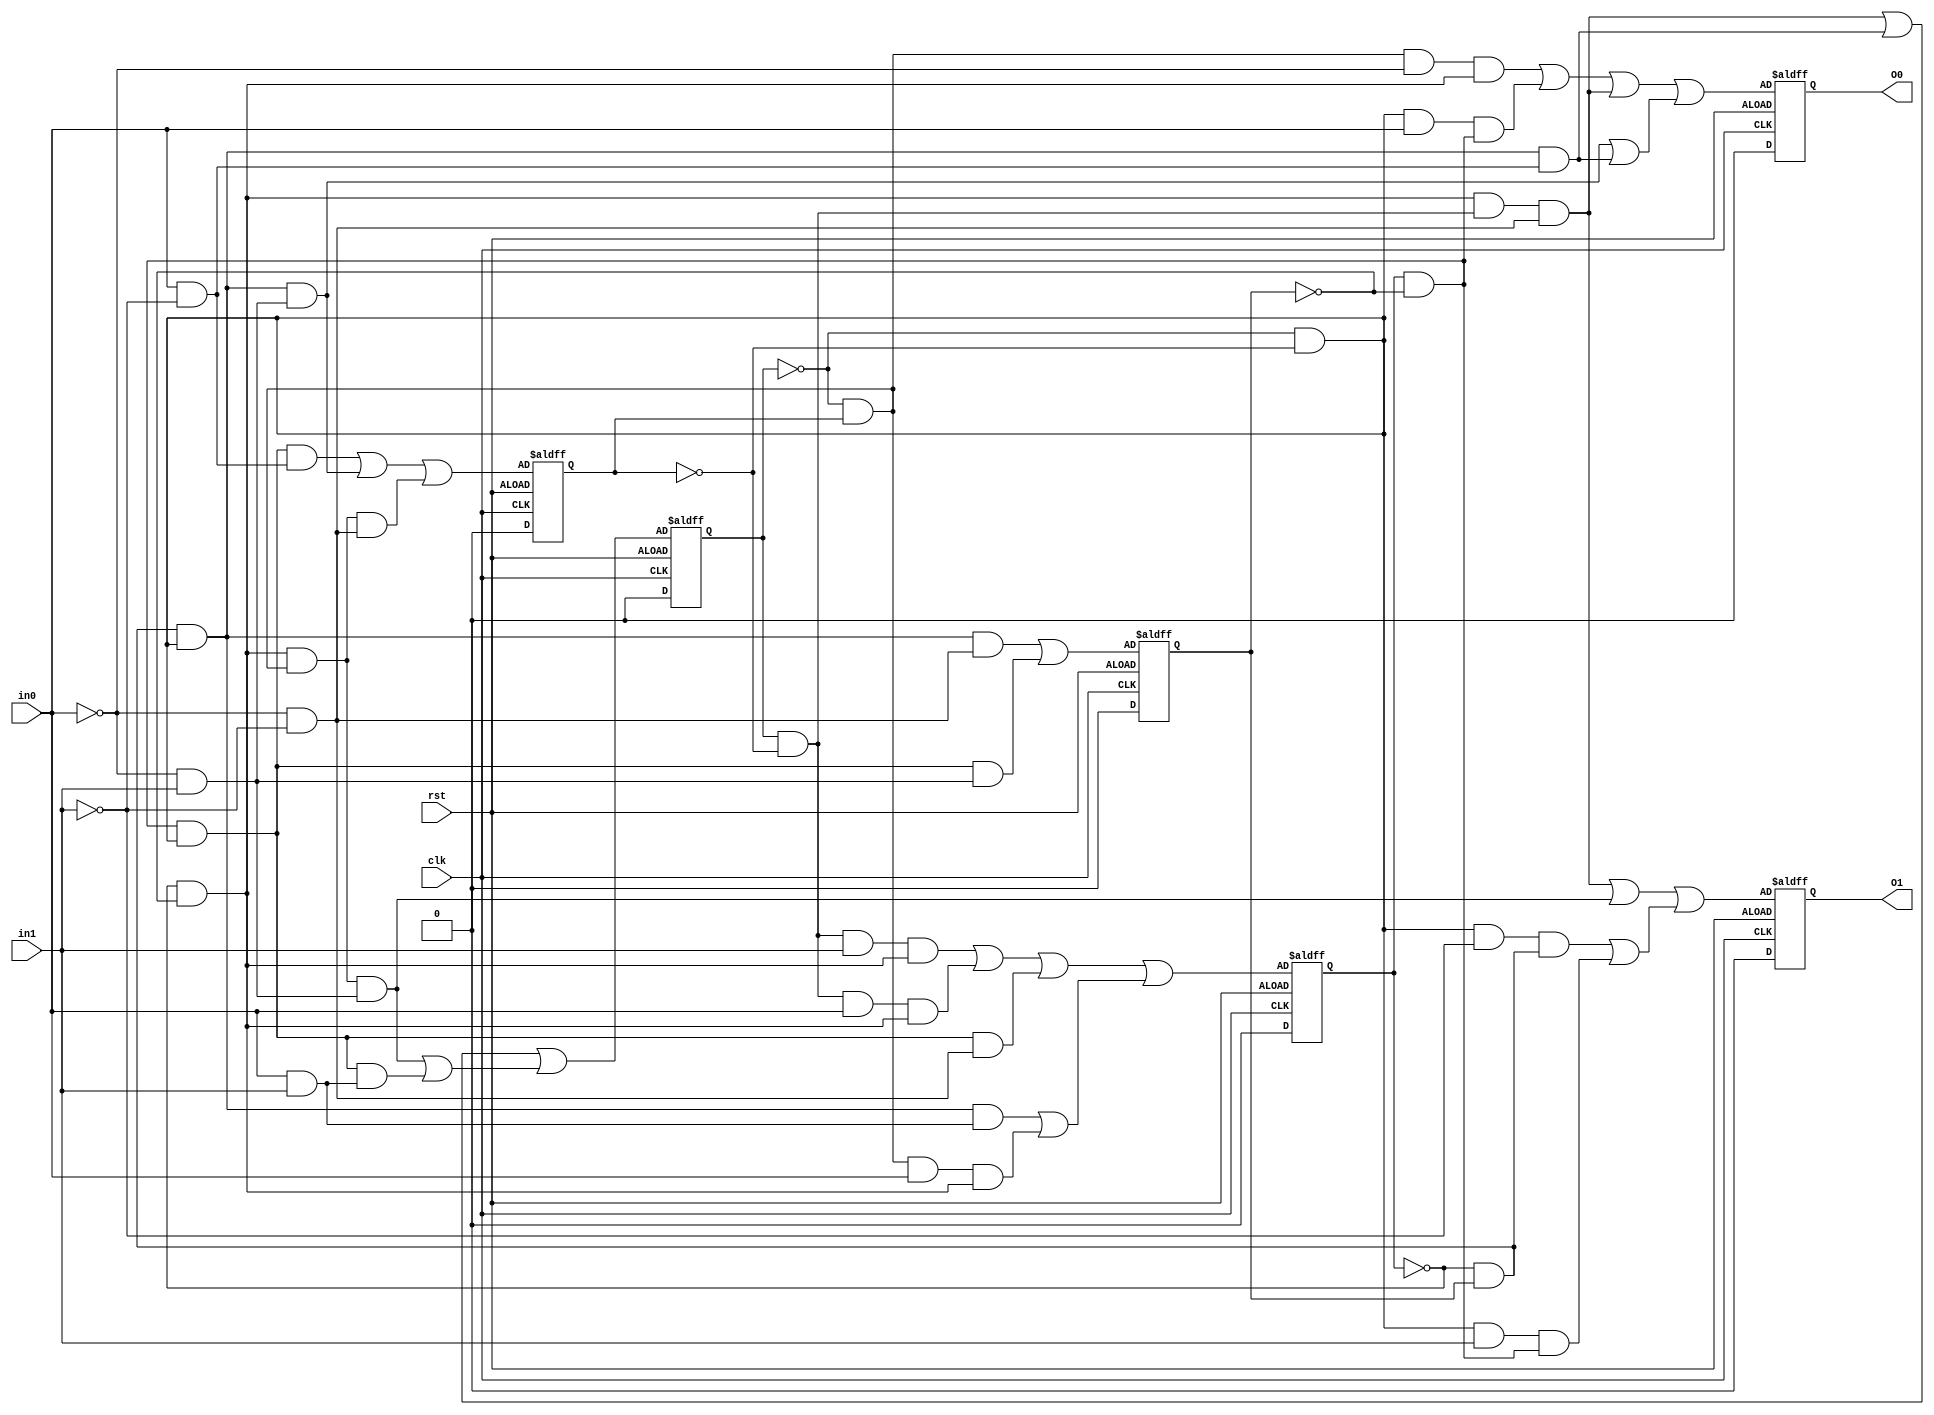
//num of or = 18
//num of and = 109
//num of not = 92
//num of wire = 217
module c1126 (in0,in1,O0,O1,clk,rst);

input in0,in1,clk,rst;

output O0,O1;

wire in0,in1,N0,N1,N2,N3,N4,N5,N6,N7,N8,
N9,N10,N11,N12,N13,N14,N15,N16,N17,N18,
N19,N20,N21,N22,N23,N24,N25,N26,N27,N28,
N29,N30,N31,N32,N33,N34,N35,N36,N37,N38,
N39,N40,N41,N42,N43,N44,N45,N46,N47,N48,
N49,N50,N51,N52,N53,N54,N55,N56,N57,N58,
N59,N60,N61,N62,N63,N64,N65,N66,N67,N68,
N69,N70,N71,N72,N73,N74,N75,N76,N77,N78,
N79,N80,N81,N82,N83,N84,N85,N86,N87,N88,
N89,N90,N91,N92,N93,N94,N95,N96,N97,N98,
N99,N100,N101,N102,N103,N104,N105,N106,N107,N108,
N109,N110,N111,N112,N113,N114,N115,N116,N117,N118,
N119,N120,N121,N122,N123,N124,N125,N126,N127,N128,
N129,N130,N131,N132,N133,N134,N135,N136,N137,N138,
N139,N140,N141,N142,N143,N144,N145,N146,N147,N148,
N149,N150,N151,N152,N153,N154,N155,N156,N157,N158,
N159,N160,N161,N162,N163,N164,N165,N166,N167,N168,
N169,N170,N171,N172,N173,N174,N175,N176,N177,N178,
N179,N180,N181,N182,N183,N184,N185,N186,N187,N188,
N189,N190,N191,N192,N193,N194,N195,N196,N197,N198,
N199,N200,N201,N202,N203,N204,N205,N206,N207,N208,
N209,N210,N211,N212,N213,N214,N215,clk,rst;

reg R0,R1,R2,R3,O0,O1;

always@(posedge clk or negedge rst)
  if(!rst)
 R0 <= N0;
else
 R0 <= 1'b0;
always@(posedge clk or negedge rst)
  if(!rst)
 R1 <= N43;
else
 R1 <= 1'b0;
always@(posedge clk or negedge rst)
  if(!rst)
 R2 <= N63;
else
 R2 <= 1'b0;
always@(posedge clk or negedge rst)
  if(!rst)
 R3 <= N102;
else
 R3 <= 1'b0;
always@(posedge clk or negedge rst)
  if(!rst)
 O0 <= N132;
else
 O0 <= 1'b0;
always@(posedge clk or negedge rst)
  if(!rst)
 O1 <= N179;
else
 O1 <= 1'b0;

and and0(N4,N5,N6);
and and5(N14,N15,N16);
and and10(N22,N23,N24);
and and14(N29,N30,N31);
and and18(N36,N37,N38);
and and1(N5,N7,N8);
and and2(N6,N9,N10);
and and6(N15,N17,N18);
and and7(N16,in0,in1);
and and11(N23,N25,in0);
and and12(N24,N26,N27);
and and15(N30,N32,in1);
and and16(N31,N33,N34);
and and19(N37,N39,in0);
and and20(N38,N40,N41);
and and3(N7,R0,N11);
and and4(N8,N12,N13);
and and8(N17,N19,R1);
and and9(N18,N20,N21);
and and13(N25,N28,R3);
and and17(N32,R2,N35);
and and21(N39,R2,N42);
and and22(N44,N45,N46);
and and27(N54,N55,N56);
and and23(N45,N47,N48);
and and24(N46,N49,N50);
and and28(N55,N57,N58);
and and29(N56,N59,in1);
and and25(N47,N51,R1);
and and26(N48,N52,N53);
and and30(N57,R0,N60);
and and31(N58,N61,N62);
and and32(N66,N67,N68);
and and37(N76,N77,N78);
and and42(N85,N86,N87);
and and47(N94,N95,N96);
and and33(N67,N69,N70);
and and34(N68,N71,N72);
and and38(N77,N79,N80);
and and39(N78,in0,N81);
and and43(N86,N88,N89);
and and44(N87,N90,in1);
and and48(N95,N97,N98);
and and49(N96,in0,in1);
and and35(N69,N73,N74);
and and36(N70,R2,N75);
and and40(N79,N82,R1);
and and41(N80,N83,N84);
and and45(N88,N91,N92);
and and46(N89,N93,R3);
and and50(N97,R0,N99);
and and51(N98,N100,N101);
and and52(N104,N105,N106);
and and57(N114,N115,N116);
and and62(N123,N124,N125);
and and53(N105,N107,N108);
and and54(N106,N109,N110);
and and58(N115,N117,N118);
and and59(N116,in0,N119);
and and63(N124,N126,N127);
and and64(N125,N128,in1);
and and55(N107,N111,N112);
and and56(N108,N113,R3);
and and60(N117,R0,N120);
and and61(N118,N121,N122);
and and65(N126,N129,R1);
and and66(N127,N130,N131);
and and67(N136,N137,N138);
and and72(N146,N147,N148);
and and77(N155,N156,N157);
and and82(N164,N165,N166);
and and86(N172,N173,N174);
and and68(N137,N139,N140);
and and69(N138,N141,N142);
and and73(N147,N149,N150);
and and74(N148,N151,in1);
and and78(N156,N158,N159);
and and79(N157,in0,N160);
and and83(N165,N167,N168);
and and84(N166,N169,N170);
and and87(N173,N175,in0);
and and88(N174,R0,N176);
and and70(N139,N143,N144);
and and71(N140,R2,N145);
and and75(N149,N152,R1);
and and76(N150,N153,N154);
and and80(N158,N161,R1);
and and81(N159,N162,N163);
and and85(N167,N171,R3);
and and89(N175,N177,N178);
and and90(N182,N183,N184);
and and95(N192,N193,N194);
and and100(N201,N202,N203);
and and104(N209,N210,N211);
and and91(N183,N185,N186);
and and92(N184,N187,N188);
and and96(N193,N195,N196);
and and97(N194,N197,in1);
and and101(N202,N204,N205);
and and102(N203,N206,R1);
and and105(N210,N212,in1);
and and106(N211,R0,N213);
and and93(N185,N189,N190);
and and94(N186,R2,N191);
and and98(N195,N198,N199);
and and99(N196,N200,R3);
and and103(N204,N207,N208);
and and107(N212,N214,N215);

or or0(N0,N1,N2);
or or1(N1,N3,N4);
or or2(N2,N14,N22);
or or3(N3,N29,N36);
or or4(N43,N44,N54);
or or5(N63,N64,N65);
or or6(N64,N66,N76);
or or7(N65,N85,N94);
or or8(N102,N103,N104);
or or9(N103,N114,N123);
or or10(N132,N133,N134);
or or11(N133,N135,N136);
or or12(N134,N146,N155);
or or13(N135,N164,N172);
or or14(N179,N180,N181);
or or15(N180,N182,N192);
or or16(N181,N201,N209);

not not0(N9,in0);
not not1(N10,in1);
not not2(N26,R0);
not not3(N27,R1);
not not4(N33,R0);
not not5(N34,R1);
not not6(N40,R0);
not not7(N41,R1);
not not8(N11,R1);
not not9(N12,R2);
not not10(N13,R3);
not not11(N19,R0);
not not12(N20,R2);
not not13(N21,R3);
not not14(N28,R2);
not not15(N35,R3);
not not16(N42,R3);
not not17(N49,in0);
not not18(N50,in1);
not not19(N59,in0);
not not20(N51,R0);
not not21(N52,R2);
not not22(N53,R3);
not not23(N60,R1);
not not24(N61,R2);
not not25(N62,R3);
not not26(N71,in0);
not not27(N72,in1);
not not28(N81,in1);
not not29(N90,in0);
not not30(N73,R0);
not not31(N74,R1);
not not32(N75,R3);
not not33(N82,R0);
not not34(N83,R2);
not not35(N84,R3);
not not36(N91,R0);
not not37(N92,R1);
not not38(N93,R2);
not not39(N99,R1);
not not40(N100,R2);
not not41(N101,R3);
not not42(N109,in0);
not not43(N110,in1);
not not44(N119,in1);
not not45(N128,in0);
not not46(N111,R0);
not not47(N112,R1);
not not48(N113,R2);
not not49(N120,R1);
not not50(N121,R2);
not not51(N122,R3);
not not52(N129,R0);
not not53(N130,R2);
not not54(N131,R3);
not not55(N141,in0);
not not56(N142,in1);
not not57(N151,in0);
not not58(N160,in1);
not not59(N168,in0);
not not60(N169,R0);
not not61(N170,R1);
not not62(N176,R1);
not not63(N143,R0);
not not64(N144,R1);
not not65(N145,R3);
not not66(N152,R0);
not not67(N153,R2);
not not68(N154,R3);
not not69(N161,R0);
not not70(N162,R2);
not not71(N163,R3);
not not72(N171,R2);
not not73(N177,R2);
not not74(N178,R3);
not not75(N187,in0);
not not76(N188,in1);
not not77(N197,in0);
not not78(N205,in1);
not not79(N206,R0);
not not80(N213,R1);
not not81(N189,R0);
not not82(N190,R1);
not not83(N191,R3);
not not84(N198,R0);
not not85(N199,R1);
not not86(N200,R2);
not not87(N207,R2);
not not88(N208,R3);
not not89(N214,R2);
not not90(N215,R3);

endmodule